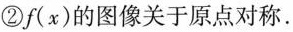
②f(x)的图像关于原点对称.